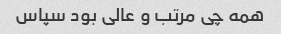
همه چی مرتب و عالی بود سپاس